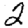
Digit: 2